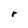
Character: r